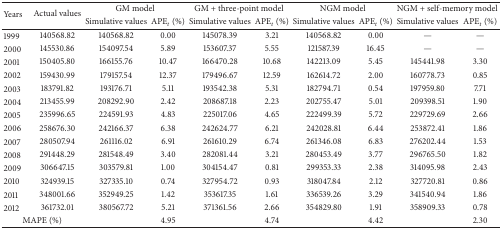
<table><thead><tr><td rowspan="2"><b>Years</b></td><td rowspan="2"><b>Actual values</b></td><td colspan="2"><b>GM model</b></td><td colspan="2"><b>GM + three-point model</b></td><td colspan="2"><b>NGM model</b></td><td colspan="2"><b>NGM + self-memory model</b></td></tr><tr><td><b>Simulative values</b></td><td><b>APE<sub><i>t</i></sub> (%)</b></td><td><b>Simulative values</b></td><td><b>APE<sub><i>t</i></sub> (%)</b></td><td><b>Simulative values</b></td><td><b>APE<sub><i>t</i></sub> (%)</b></td><td><b>Simulative values</b></td><td><b>APE<sub><i>t</i></sub> (%)</b></td></tr></thead><tbody><tr><td>1999</td><td>140568.82</td><td>140568.82</td><td>0.00</td><td>145078.39</td><td>3.21</td><td>140568.82</td><td>0.00</td><td>—</td><td>—</td></tr><tr><td>2000</td><td>145530.86</td><td>154097.54</td><td>5.89</td><td>153607.37</td><td>5.55</td><td>121587.39</td><td>16.45</td><td>—</td><td>—</td></tr><tr><td>2001</td><td>150405.80</td><td>166155.76</td><td>10.47</td><td>166470.28</td><td>10.68</td><td>142213.09</td><td>5.45</td><td>145441.98</td><td>3.30</td></tr><tr><td>2002</td><td>159430.99</td><td>179157.54</td><td>12.37</td><td>179496.67</td><td>12.59</td><td>162614.72</td><td>2.00</td><td>160778.73</td><td>0.85</td></tr><tr><td>2003</td><td>183791.82</td><td>193176.71</td><td>5.11</td><td>193542.38</td><td>5.31</td><td>182794.71</td><td>0.54</td><td>197959.80</td><td>7.71</td></tr><tr><td>2004</td><td>213455.99</td><td>208292.90</td><td>2.42</td><td>208687.18</td><td>2.23</td><td>202755.47</td><td>5.01</td><td>209398.51</td><td>1.90</td></tr><tr><td>2005</td><td>235996.65</td><td>224591.93</td><td>4.83</td><td>225017.06</td><td>4.65</td><td>222499.39</td><td>5.72</td><td>229729.69</td><td>2.66</td></tr><tr><td>2006</td><td>258676.30</td><td>242166.37</td><td>6.38</td><td>242624.77</td><td>6.21</td><td>242028.81</td><td>6.44</td><td>253872.41</td><td>1.86</td></tr><tr><td>2007</td><td>280507.94</td><td>261116.02</td><td>6.91</td><td>261610.29</td><td>6.74</td><td>261346.08</td><td>6.83</td><td>276202.44</td><td>1.53</td></tr><tr><td>2008</td><td>291448.29</td><td>281548.49</td><td>3.40</td><td>282081.44</td><td>3.21</td><td>280453.49</td><td>3.77</td><td>296765.50</td><td>1.82</td></tr><tr><td>2009</td><td>306647.15</td><td>303579.81</td><td>1.00</td><td>304154.47</td><td>0.81</td><td>299353.33</td><td>2.38</td><td>314095.98</td><td>2.43</td></tr><tr><td>2010</td><td>324939.15</td><td>327335.10</td><td>0.74</td><td>327954.72</td><td>0.93</td><td>318047.84</td><td>2.12</td><td>327720.81</td><td>0.86</td></tr><tr><td>2011</td><td>348001.66</td><td>352949.25</td><td>1.42</td><td>353617.35</td><td>1.61</td><td>336539.26</td><td>3.29</td><td>341540.94</td><td>1.86</td></tr><tr><td>2012</td><td>361732.01</td><td>380567.72</td><td>5.21</td><td>371361.56</td><td>2.66</td><td>354829.80</td><td>1.91</td><td>358909.33</td><td>0.78</td></tr><tr><td colspan="2">MAPE (%)</td><td> </td><td>4.95</td><td> </td><td>4.74</td><td> </td><td>4.42</td><td> </td><td>2.30</td></tr></tbody></table>